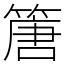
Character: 篖